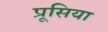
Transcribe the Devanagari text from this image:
प्रूसिया